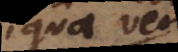
qua vero